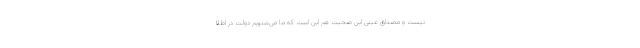
نیست و مصداق عینی این صحبت هم این است که ما می‌شنویم دولت در اطلا